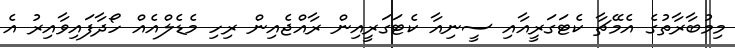
މިމުބާރާތުގެ އެމޭޗާ ކެޓަގަރީއާއި ސީނިއާ ކެޓަގަރީއިން ރާއްޖެއިން ރިހި މެޑެލްއެއް ހޯދާފައިވާއިރު އެ